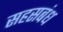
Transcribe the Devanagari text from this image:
सहसबंध